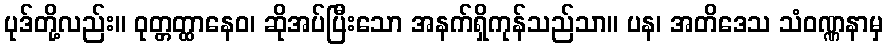
ပုဒ်တို့လည်း။ ဝုတ္တတ္ထာနေဝ၊ ဆိုအပ်ပြီးသော အနက်ရှိကုန်သည်သာ။ ပန၊ အတိဒေသ သံဝဏ္ဏနာမှ